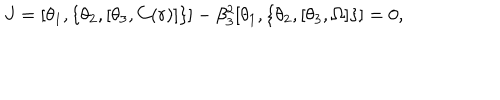
LaTeX: J = [ \theta _ { 1 } , \{ \theta _ { 2 } , [ \theta _ { 3 } , C ( r ) ] \} ] - \beta _ { 3 } ^ { 2 } [ \theta _ { 1 } , \{ \theta _ { 2 } , [ \theta _ { 3 } , \Omega ] \} ] = 0 ,